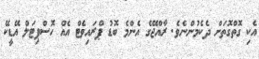
އެކި ގޮތްގޮތަށް ދެކެމުންނެވެ. ރާއްޖޭގެ އެންމެ ބޮޑު ޕްރައިވެޓް އެއް ހޮސްޕިޓަލް އޭޑީކޭ